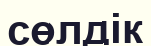
сөлдік